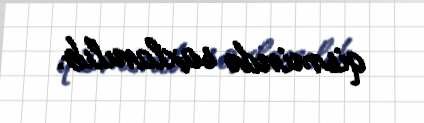
qismində saxlanılıb.